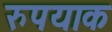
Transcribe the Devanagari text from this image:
रुपयाक